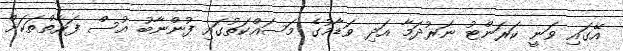
އޭގައި ވަނީ ކަރަންޓު ނަރުދަމާ އަދި ވަޑާމުގެ މަސައްކަތުގައި ފުންނާބު އުސް ފަރާތްތަކަށް